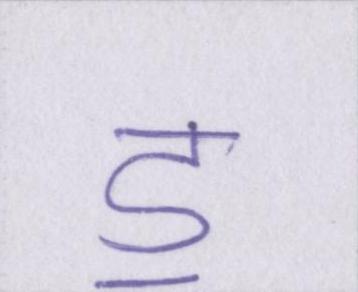
ॾ